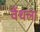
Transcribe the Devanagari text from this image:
वेंथला